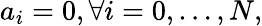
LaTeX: a_{i}=0,\forall i=0,\dots,N,